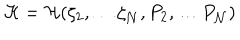
{ \cal H } = { \cal H } ( \zeta _ { 2 } , \dots \zeta _ { \cal N } , P _ { 2 } , \dots P _ { \cal N } )